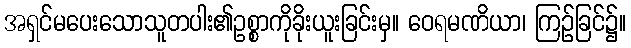
အရှင်မပေးသောသူတပါး၏ဥစ္စာကိုခိုးယူးခြင်းမှ။ ဝေရမဏိယာ၊ ကြဉ်ခြင်၌။